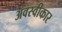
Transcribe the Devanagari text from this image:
अवस्वीकार